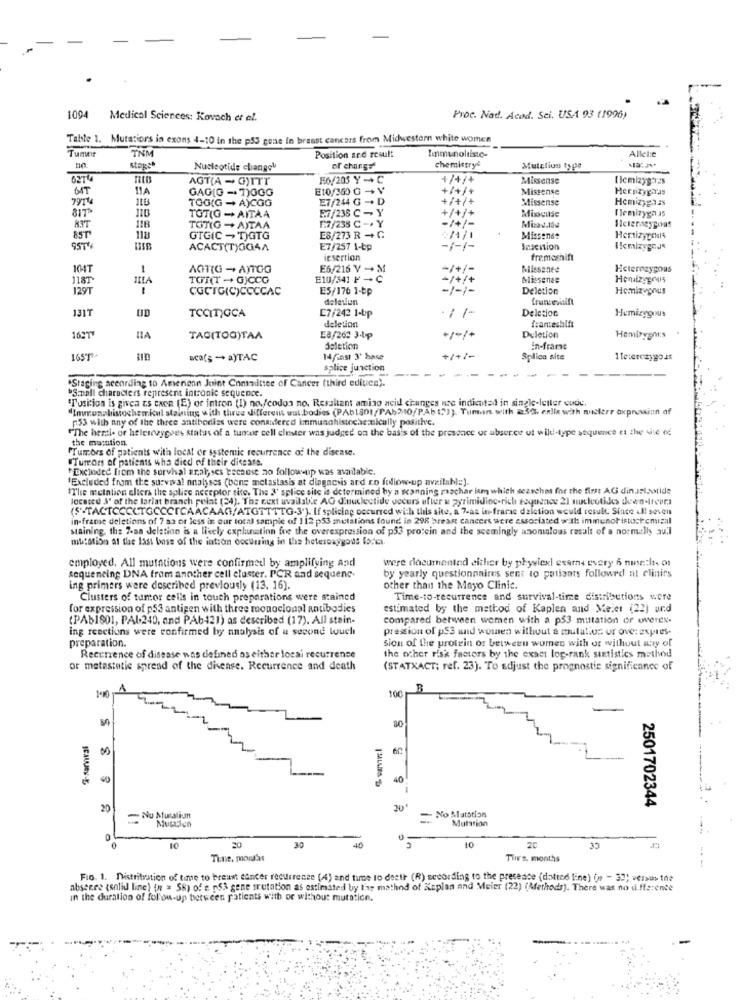
1094
Medical Sciences: Kovach et el.
Proc. Nad. Acad. Sci. USA 93 (1996)
Table 1. Mutatiors in exons 4-10 in the p53 gone in breast cancers from Midwestern white women
TNM
Position and result
Immunoliisto-
Tunwir
Allel:e
stags*
Nucleotide changel
of charge
chemistry
Mutcliun type
62744
AGT(A - G)ITT
E6/205 Y -+ C
+/+/+
Missense
( emizyg32s
BUT
GAG[G -7)OGG
E10/360 G + V
+/+/+
Missense
Hernzyga'as
TOG(G - A)CGG
E7/244 G ++ D
+/+/+
Missense
Hemizyg3.as
E7/238 C - Y
Mioguse
Ilemizyga as
TOT(O - AITAA
1.7/238 C -. Y
TOT(G + A)TAA
Heterasygoas
85T
GTGIC - T)GTG
E8/273 R ++ C
Missen&#
Hertizypenis
95T'
ACACT(T)GG4A
E7/257 1-bp
Invention
IlemizygJs
iesertion
fremeshift
104T
AGIT(G - A)TOO
E6/216 V - M
-/+/-
Missante
Heterozygous
1181
--
TOT(T - G)CCO
E10/341 F -
-/+/+
Missenes
Honalzygous
129T
CGCTGIC)CCCCAC
E5/176 1-bp
-1-1-
Deletion
Hemizyprus
deleviun
131T
TCCITIGCA
Deletion
Hemizygous
E7/242 1-bp
deletion
tanteshift
TAO(TOO)TAA
E8/262 3-Up
+1+1+
Duletion
deletion
In-frame
16ST
scaf; - a)TAC
14fast 3' base
+1+/-
Splice site
1 leterozygo is
splice junction
"Staging according to Amerienn Joint Committee of Cancer (third ediucn).
*Small characters represent intronie sequence.
"Tusition is givea ts cace (E) or intron (1) no./codon no. Resultant amino acid changes ure indicated in single-letter code.
"Immunohistochemkul staining with three different wat bodies (PAblant/PAb210/PAb 12)). Tuman with 230 enlix with nudlerr oxpnowinn of
153 with any of the three antibodies were considered immunohistochemically posithe.
"The hersi- or helescygoes status of a tumor cell elester was judged on the basis of the presence or ubserce ut wild-type sequence et the site of
the masation
"Tumors of patients with local or systemic recurrence of the disease.
"Tumors of patients who died of their disease.
"Excluded from the survival analyses because no follow-up was available.
'Excluded from the survival analyses (bene metastasis at diagnosis ard ro follow-up available).
"The mecialien eliers the splice acceptor site. The 3' splice site is determined by a scanning rachar inm which searches for the first AG din.statide
located J' of the lariat branch point (24). The cext available AG d'nucleotide soeurs after u zyrimidino-rich toquence 21 nucleotidos deen-treurs
(S"-TACTCCCCTGCCCTCAACAAG/ATGTTTTG-3"). If splicing occurred with this site, a 7-as in-frarac dalction would result. Since ull seven
in-frame deletions of 7 az or less in our total sample of 112 p53 metations found in 298 breast cancers were associated with: immunotistostcmisal
staining, the 7-aa delation is a likely explanation foe the overexpression of p53 protein and the seemingly anomalous result of a normally au'l
mutation at the last base of the intion occurring in the heterozygous forc.
employed, All mutations were confirmed by amplifying And
were documented either by phyelexl exams every 6 nuszli- of
sequencing DNA from another cell cluster. PCR and sequenc.
by yearly questionnaires sent to patients followed at clinirs
ing primers were described previously (13, 16).
other than the Mayo Clinic.
Clusters of tumor cells in touch preparations were stained
Time-to-recurrence and survival-time distributions wore
for expression of p53 antigen with three monoclonal antibodies
estimated by the method of Kaplen and Meier (22) and
(PAb1801, PAL.240, and PAb421) as described (17). All stain-
compared between women with a p53 mutation or wwweres.
ing reactions were confirmed by analysis of a second louch
pression of p53 and women without a mutation or over expres-
preparation.
sion of the protein or between women with or without any of
Recurrence of disease was defined os either local recurrence
the other risk factors by the exact log-rank statistics method
or metastatic spread of the disease. Recurrence and death
(STATXACT; ref. 23). To adjust the prognostic significance of
01
100
B
80
40
--
2501702344
20
20'
- No Mutation
Muttiun
No Matstion
Mutation
0
10
20
30
40
10
30
Tine, months
Tli's. months
Fio. 1. Distribution of time to breast cancer recurrence (4) and time to destr (R) secording to the presence (datred line) (e - 33) versus the
absence (solid line) (n = 58) of e psa gene mutation as estimated by the mathod of Kaplan and Meier (22) (Methods). There was no difference
in the duration of follow-up between patients with or without mutation.